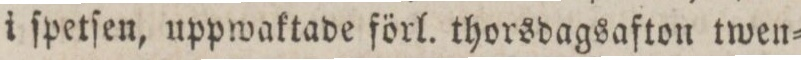
i ſpetſen, uppwaktade förl. thorsdagsafton twen=